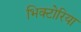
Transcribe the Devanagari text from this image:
भिक्टोरिया